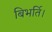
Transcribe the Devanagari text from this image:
बिभर्ति।